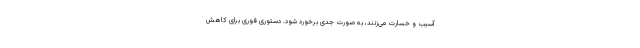
آسیب و خسارت می‌زنند، به صورت جدی برخورد شود. دستوری فوری برای کاهش